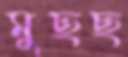
মুছছ